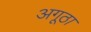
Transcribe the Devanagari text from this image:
अगूठा